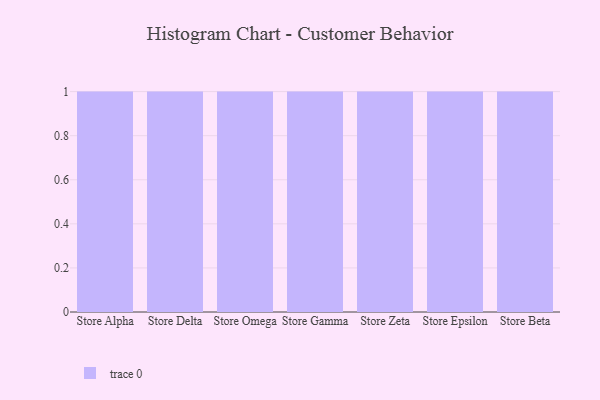
{"axis": {"x": "Store", "y": "Backlog"}, "legend": [""], "data": [{"x": "Store Alpha", "y": 44, "type": ""}, {"x": "Store Delta", "y": 2, "type": ""}, {"x": "Store Omega", "y": 91, "type": ""}, {"x": "Store Gamma", "y": 50, "type": ""}, {"x": "Store Zeta", "y": 42, "type": ""}, {"x": "Store Epsilon", "y": 10, "type": ""}, {"x": "Store Beta", "y": 14, "type": ""}]}